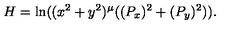
H = \ln ( ( x ^ { 2 } + y ^ { 2 } ) ^ { \mu } ( ( P _ { x } ) ^ { 2 } + ( P _ { y } ) ^ { 2 } ) ) .